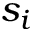
s _ { i }